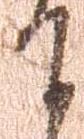
て